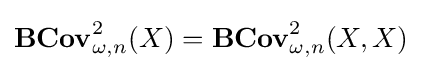
\mathbf {BCov} _{\omega ,n}^{2}(X)=\mathbf {BCov} _{\omega ,n}^{2}(X,X)